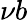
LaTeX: \nu b